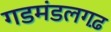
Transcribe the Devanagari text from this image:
गडमंडलगढ़